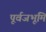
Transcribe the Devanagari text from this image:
पूर्वजभूमि